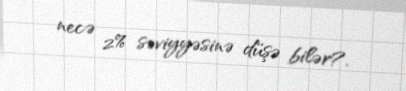
necə 2% səviyyəsinə düşə bilər?.